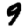
Digit: 9